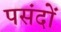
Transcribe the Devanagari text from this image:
पसंदों